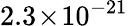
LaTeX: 2.3\! \times\! 10^{-21}